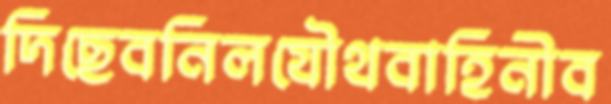
দিছেবনিলযৌথবাহিনীব